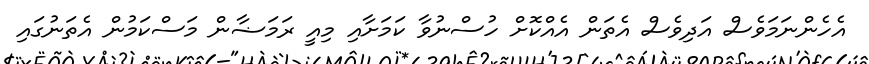
އެހެންނަމަވެސް އަދިވެސް އެތަން އެއްކޮށް ހުސްނުވާ ކަމަށާއި މިއީ ރަމަޟާން މަސްކަމުން އެތަނުގައި